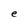
Character: e